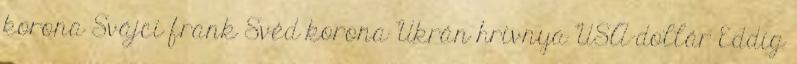
korona Svájci frank Svéd korona Ukrán hrivnya USA-dollár Eddig